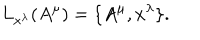
LaTeX: L _ { x ^ { \lambda } } ( A ^ { \mu } ) = \{ A ^ { \mu } , x ^ { \lambda } \} .